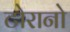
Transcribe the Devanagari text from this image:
टोरानो